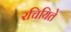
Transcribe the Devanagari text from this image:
रचियिते